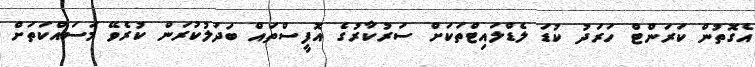
އެގޮތުން ކަރަންޓް ހަރަދު ކުޑަ ލެޑްލައިޓްތަކަށް ސަރުކާރުގެ އޮފީސްތައް ބަދަލުކުރަން ކުރެވޭ މަސައްކަތަށް